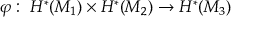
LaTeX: \varphi : \ H ^ { * } ( { \cal M } _ { 1 } ) \times H ^ { * } ( { \cal M } _ { 2 } ) \to H ^ { * } ( { \cal M } _ { 3 } )